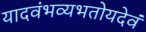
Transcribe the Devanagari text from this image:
यादवंभव्यभतोयदेवं